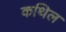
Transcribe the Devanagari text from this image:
कथिल